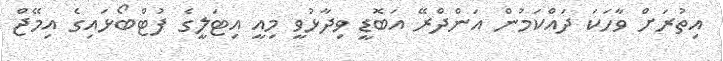
އިތުރަށް ވާހަކަ ދައްކަމުން އަންދްރޭ އަބޮޑީ ވިދާޅުވީ މިއީ އިޓަލީގެ ފުޓްބޯޅައިގެ އިމޭޖް